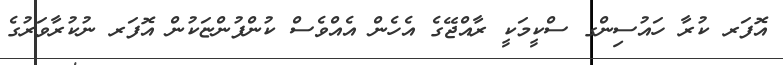
އޮފަރ ކުރާ ހައުސިންގ ސްކީމަކީ ރާއްޖޭގެ އެހެން އެއްވެސް ކުންފުންޏަކުން އޮޮފަރ ނުކުރާވަރުގެ